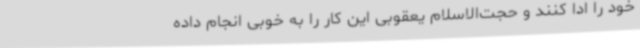
خود را ادا کنند و حجت‌الاسلام یعقوبی این کار را به خوبی انجام داده‌